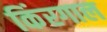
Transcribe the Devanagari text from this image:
किंरगाल